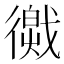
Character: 𢕽